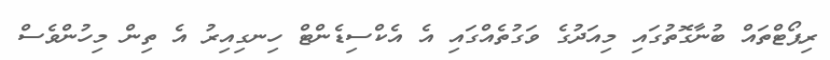
ރިޕޯޓްތައް ބުނާގޮތުގައި މިއަދުގެ ވަގުތެއްގައި އެ އެކްސިޑެންޓް ހިނގިއިރު އެ ތިން މިހުންވެސް